Leaving Certificate Examination, 1919
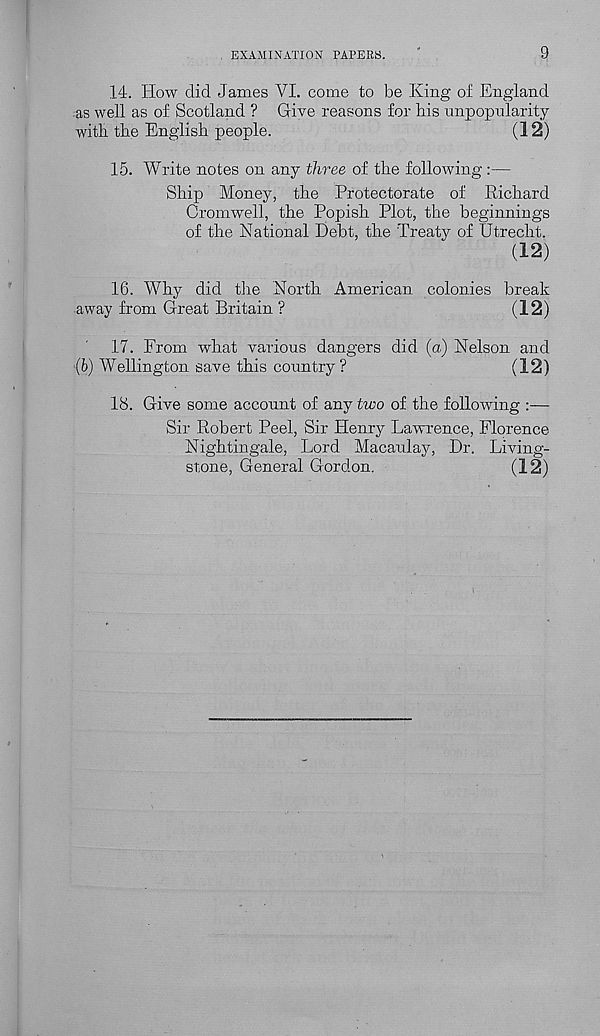
EXAMINATION PAPERS.
9
14. How did James VI. come to be King of England
:as well as of Scotland ? Give reasons for his unpopularity
with the English people.
(12)
15. Write notes on any three of the following:—
Ship Money, the Protectorate of Richard
Cromwell, the Popish Plot, the beginnings
of the National Debt, the Treaty of Utrecht.
(12)
16. Why did the North American colonies break
away from Great Britain ?
(12)
17. From what various dangers did (a) Nelson and
(b) Wellington save this country?
(12)
18. Give some account of any two of the following :—
Sir Robert Peel, Sir Henry Lawrence, Florence
Nightingale, Lord Macaulay, Dr. Living-
stone, General Gordon.
(12)